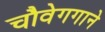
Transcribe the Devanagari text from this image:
चौवेगगाने